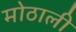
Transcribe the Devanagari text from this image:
माेठाली